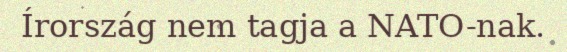
Írország nem tagja a NATO-nak.